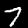
Digit: 7